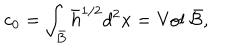
c _ { 0 } = \int _ { \bar { B } } { \bar { h } } ^ { 1 / 2 } d ^ { 2 } x = \mathrm { V o l } ~ \bar { \cal B } ,